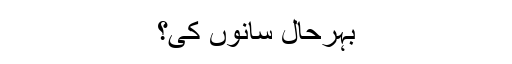
بہرحال سانوں کی؟